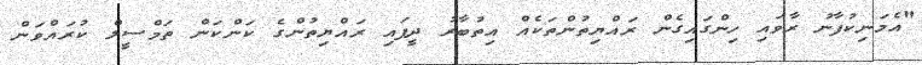
"އެމަނިކުފާނު ރާވައި ހިންގައިގެން ރައްޔިތުންތަކެއް އިތުބާރު ދީފައި ރައްޔިތުންގެ ކަންކަން ތަމްސީލް ކުރައްވަން